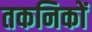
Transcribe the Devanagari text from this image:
तकनिकों